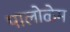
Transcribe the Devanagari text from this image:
पालोळेम